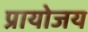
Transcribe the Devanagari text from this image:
प्रायोजय